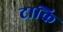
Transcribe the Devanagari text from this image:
टाकि